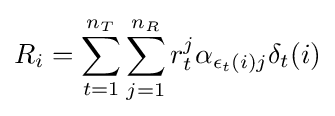
R_{i}=\sum _{t=1}^{n_{T}}\sum _{j=1}^{n_{R}}r_{t}^{j}\alpha _{\epsilon _{t}(i)j}\delta _{t}(i)